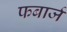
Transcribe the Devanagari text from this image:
फबार्ज